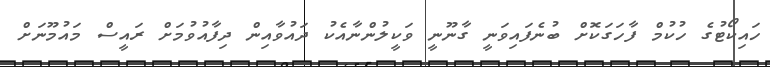
ހައިކޯޓުގެ ހުކުމް ފާހަގަކޮށް ބުނެފައިވަނީ ގާނޫނީ ވަކީލުންނާއެކު ދައުވާއިން ދިފާއުވުމަށް ރައީސް މައުމޫނަށް